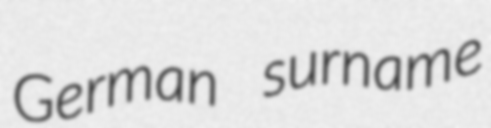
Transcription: German surname